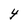
Character: 4